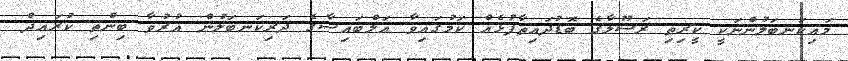
މައިކަނބަލުންނަކީ ކީރިތި ރަސޫލާގެ ބޮޑުދައިތާފުޅެއް ކަމުގައިވާ އަލްބައިޟާގެ ދަރިކަނބަލުން އުރުވާ ބިންތި ކުރައިޛް